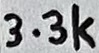
Text: 3.3k